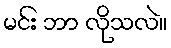
မင်း ဘာ လိုသလဲ။